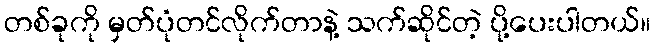
တစ်ခုကို မှတ်ပုံတင်လိုက်တာနဲ့ သက်ဆိုင်တဲ့ ပို့ပေးပါတယ်။